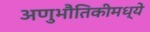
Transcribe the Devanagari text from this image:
अणुभौतिकीमध्ये